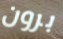
برون